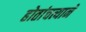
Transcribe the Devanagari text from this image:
होतांचत्यानें